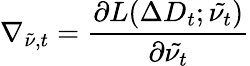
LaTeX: \nabla_{\tilde{\nu},t}=\frac{\partial L(\Delta D_{t};\tilde{\nu_{t}})}{\partial\tilde{\nu_{t}}}